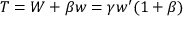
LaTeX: { T } = W + \beta w = \gamma w ^ { \prime } ( 1 + \beta )